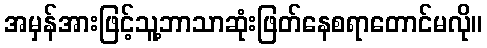
အမှန်အားဖြင့်သူ့ဘာသာဆုံးဖြတ်နေစရာတောင်မလို။